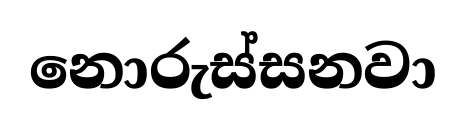
නොරුස්සනවා